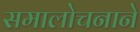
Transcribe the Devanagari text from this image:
समालोचनाने